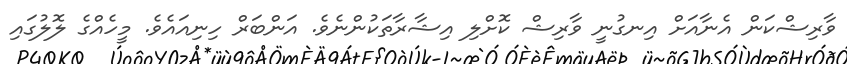
ވާރިޝްކަން އެނާއަށް އިނގުނީ ވާރިޝް ކޮށްލި އިޝާރާތަކުންނެވެ. އަންބަރް ހިނިއައެވެ. މީހެއްގެ ލޮލުގައި